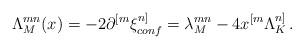
LaTeX: \begin{align*}\Lambda^{mn}_M(x) = -2 \partial^{[m} \xi_{conf}^{n]} = \lambda_M^{mn} - 4x^{[m} \Lambda_K^{n]}\,.\end{align*}